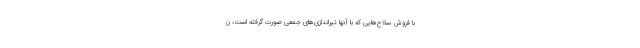
با فروش سلاح‌هایی که با آنها تیراندازی‌های جمعی صورت گرفته است، ن